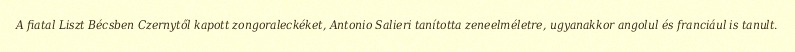
A fiatal Liszt Bécsben Czernytől kapott zongoraleckéket, Antonio Salieri tanította zeneelméletre, ugyanakkor angolul és franciául is tanult.